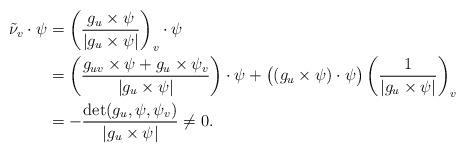
LaTeX: \begin{align*} \tilde\nu_v\cdot \psi&= \left(\frac{g_u\times\psi}{|g_u\times\psi|}\right)_v \cdot \psi\\ &= \left(\frac{g_{uv}\times\psi+g_u\times\psi_v}{|g_u\times\psi|}\right) \cdot\psi + \bigl((g_u\times\psi)\cdot\psi\bigr)\left(\frac{1}{|g_u\times\psi|}\right)_v\\ &=-\frac{\det(g_u,\psi,\psi_v)}{|g_u\times\psi|}\neq 0. \end{align*}